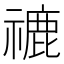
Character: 𥛞